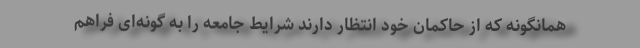
همانگونه که از حاکمان خود انتظار دارند شرایط جامعه را به گونه‌ای فراهم